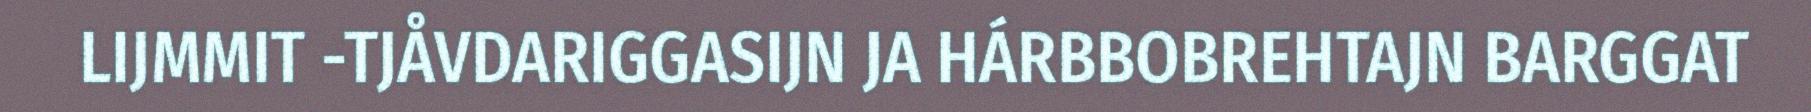
LIJMMIT -TJÅVDARIGGASIJN JA HÁRBBOBREHTAJN BARGGAT